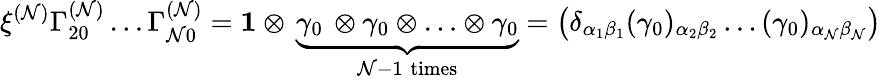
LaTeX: \xi^{(\mathcal{N})}\Gamma_{20}^{(\mathcal{N})}\ldots\Gamma_{\mathcal{N}0}^{(\mathcal{N})}={\mathbf{1}}\otimes\, \underbrace{{\gamma_{0}\, \otimes\gamma_{0}\otimes\ldots\otimes\gamma_{0}}}_{\mathcal{N}-1\; \mathrm{{times}}}=\left(\delta_{\alpha_{1}\beta_{1}}(\gamma_{0})_{\alpha_{2}\beta_{2}}\ldots(\gamma_{0})_{\alpha_{\mathcal{N}}\beta_{\mathcal{N}}}\right)